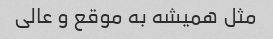
مثل همیشه به موقع و عالی